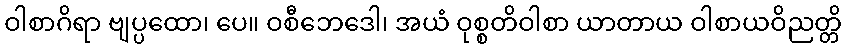
ဝါစာဂိရာ ဗျပ္ပထော၊ ပေ။ ဝစီဘေဒေါ၊ အယံ ဝုစ္စတိဝါစာ ယာတာယ ဝါစာယဝိညတ္တိ